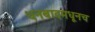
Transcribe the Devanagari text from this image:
धनबादमधूनच